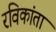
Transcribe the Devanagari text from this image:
रविकांता